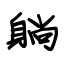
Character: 躺